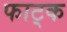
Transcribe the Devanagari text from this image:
फाट्क